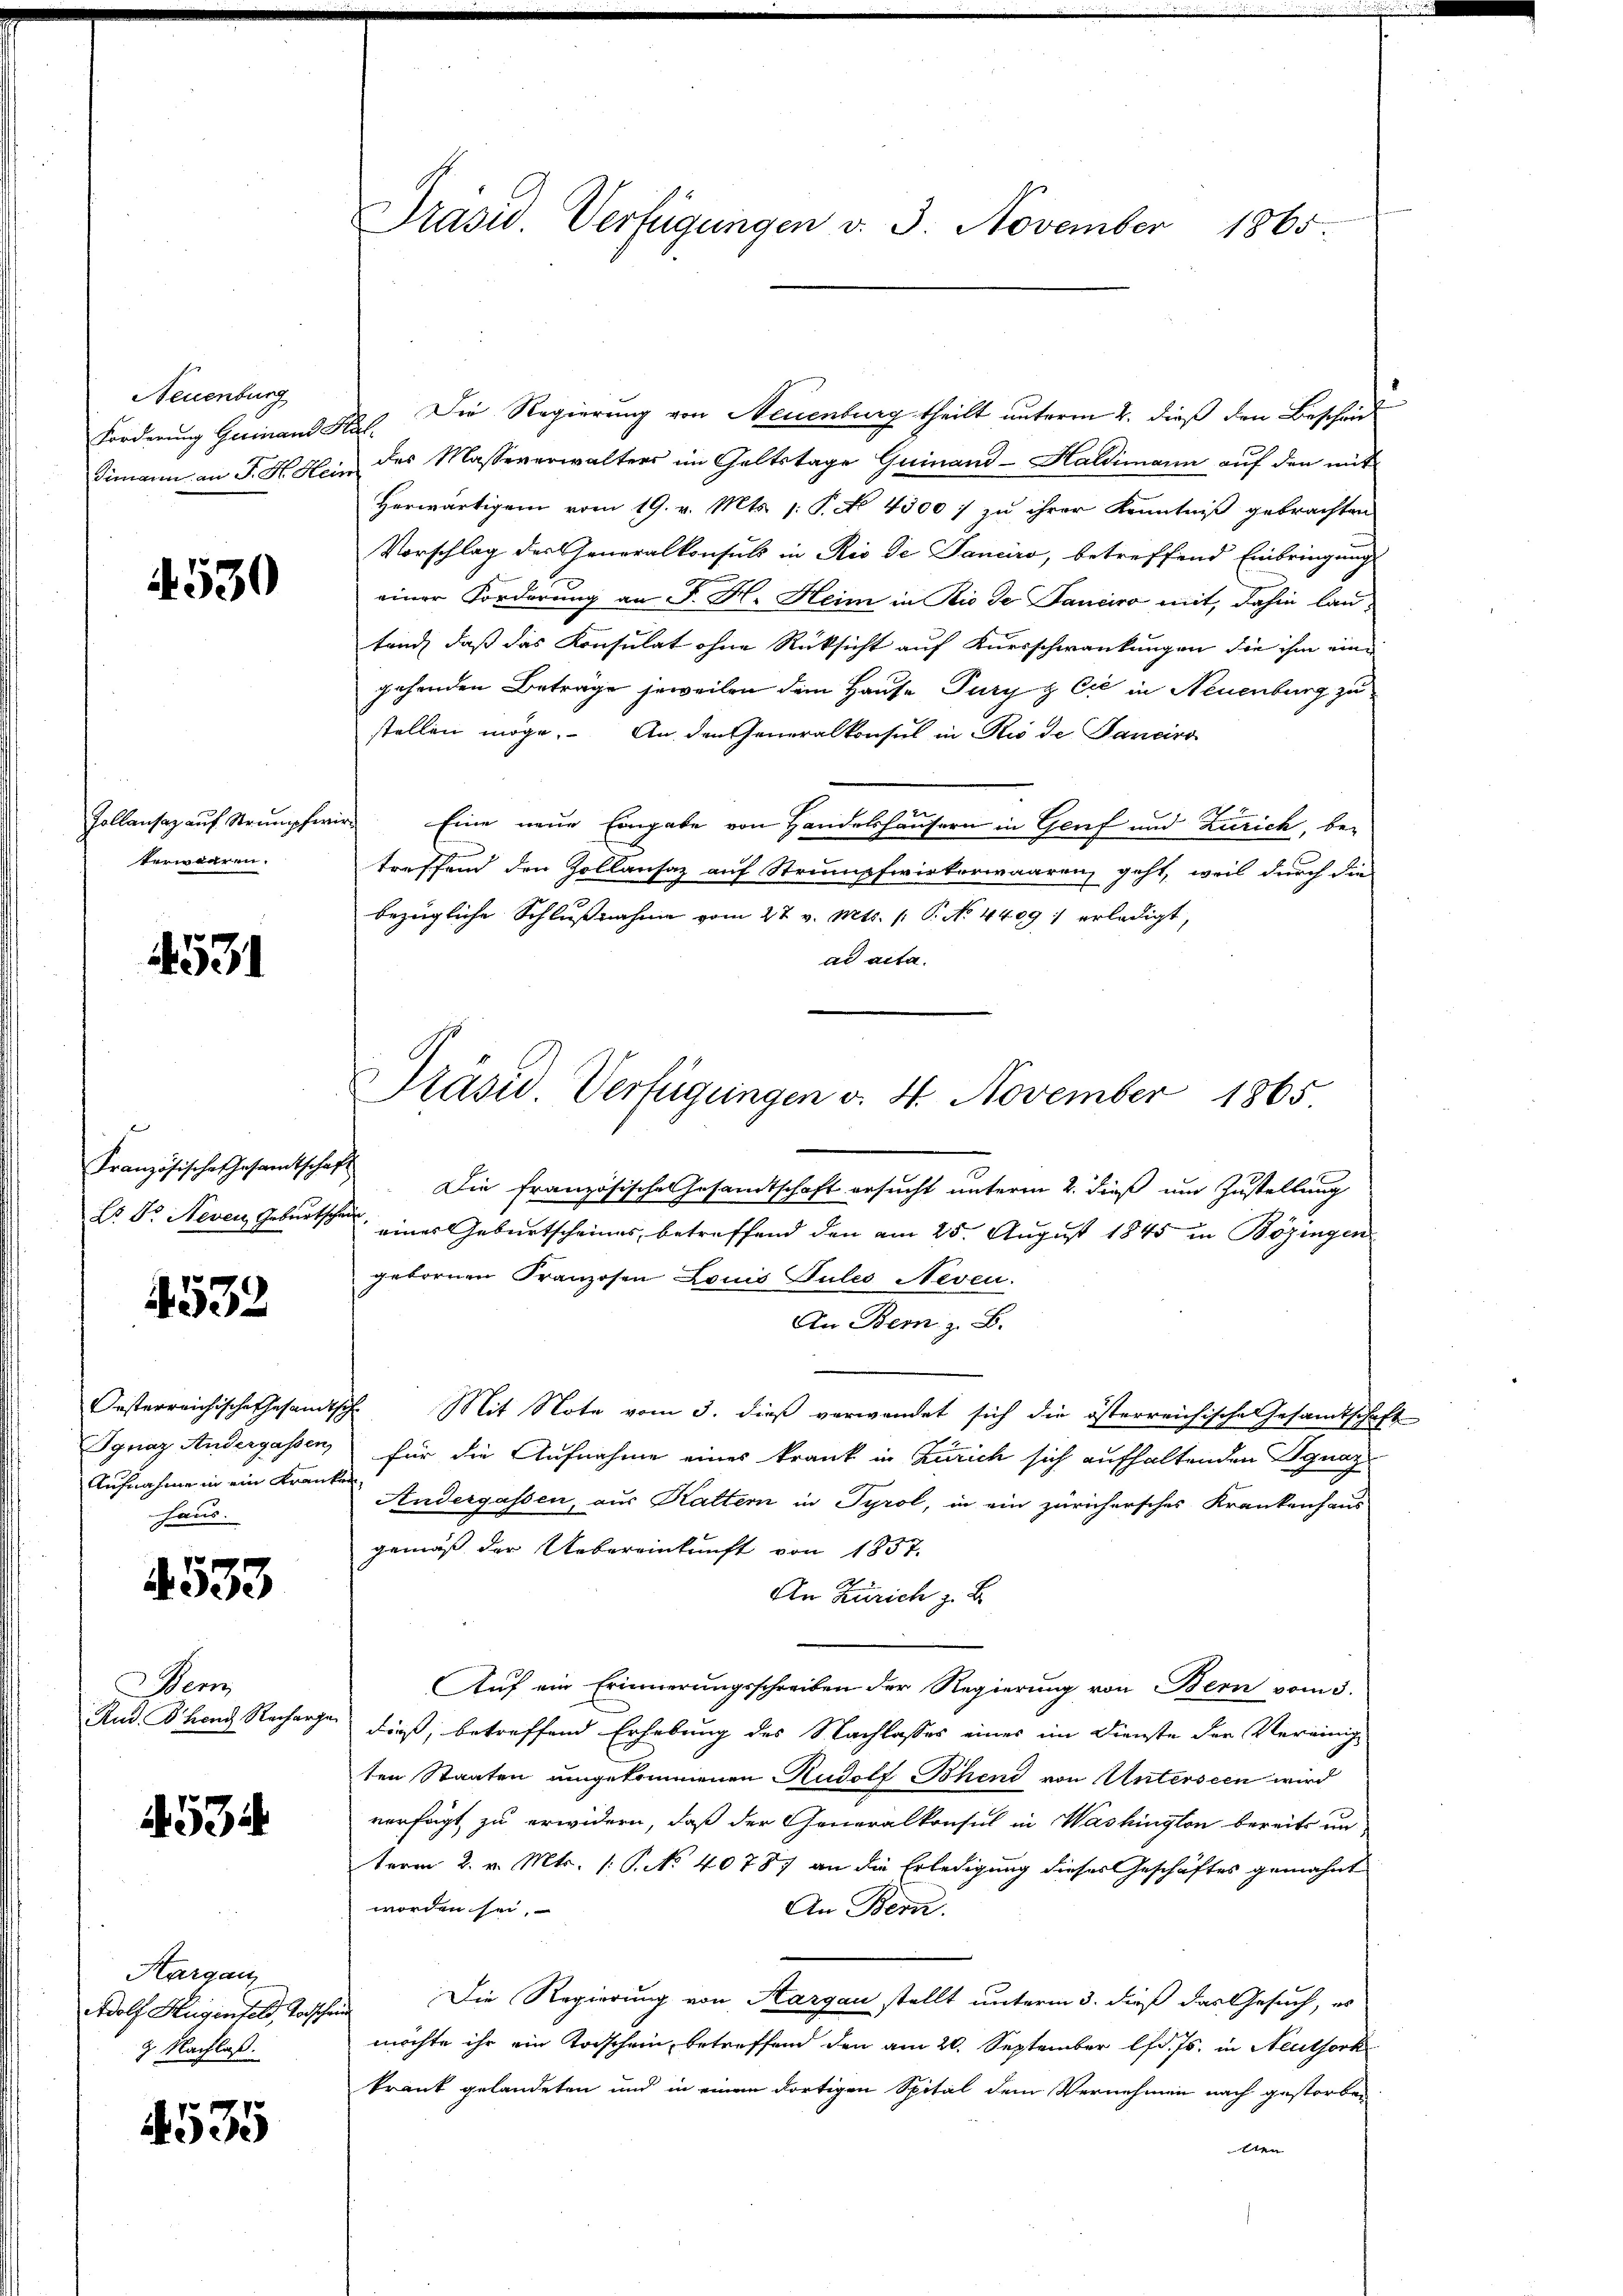
Neuenburg
Forderung Guinande
Simann an J. H. Heir

4530

Zollansaz auf Strumpfern
terwaaren.

4531

Französische Gesamtschaft
Dr. Dr. Neven Geburtschau

4532

Oesterreichische Gesandth
Ignaz Andergassen,
Aufnahme in ein Kranke
haus.

4533

Wem
Rud. B. hend Recharge

534

Aargau
Adolf Hugenfeld, Todsche
9 Nachlaß.

4535

Präsid. Verfügungen d. 3. November 1865

Die Regierung von Neuenburg theilt unterm 2. dieß den Bescheid
R
des Masseverwalters im Geltstage Guinand-Haldimann auf den mit
Herwärtigem vom 19. v. Mts. 1. P. No. 4300 / zu ihrer Kenntniß gebrachten
Vorschlag des Generalkonsuls in Rio de Tanciro, betreffend Einbringung
einer Forderung an F. H. Heim in Rio de Fanciro mit, dahin lau
tand, daß das Konsulat ohne Rücksicht auf Kursschwankungen die ihm eine
gehenden Beträge jeweilen dem Hause Pury z Cie in Neuenburg zu
stellen möge. An den Generalkonsul in Rio de Tanciro
 Eine neue Eingabe von Handelshäusern in Genf und Zürich, betreffend den Zollansaz auf Strumpfwirkerwaaren, geht, weil durch die
bezügliche Schlußnahme vom 27 v. Mts. (: P. No 44091 erledigt,
ad acta.
Die französische Gesamtschaft ersucht unterm 2. dieß um Zustellung
eines Geburtscheines, betreffend den am 25. August 1845 in Bözingen
gebornen Franzosen Louis Pules Neven.
An Bem z. B.
7 Mit Note vom 3. dieß verwendet sich die österreichische Gesamtschaft
für die Aufnahme eines krank in Zürich sich aufhaltenden Ignaz
Andergassen, aus Kaltern in Tyrol, in ein zürichersches Krankenhaus
gemäß der Uebereinkunft von 1857.
An Zürich z. B.
Auf ein Erinnerungsschreiben der Regierung von Bern vom 3.
dies, betreffend Erhebung des Nachlasses eines im Dienste der Vereinig
ten Staaten umgekommenen Rudolf Bohend von Unterseen wird
verfügt, zu erwidern, daß der Generalkonsul in Washington bereits un-
term 2. v. Mts. (: No 40787 an die Erledigung dieses Geschäftes gemahnt
worden sei.
An Bern.
Die Regierung von Sargau stellt unterm 3. dieß das Gesuch, es
möchte ihr ein Todschein, betreffend den am 20. September lfd. Js. in Neuthork
krank gelandeten und in einen dortigen Spital dem Vernehmen nach gestorben
tten

Präsid Verfügungen v. 4. November 1865